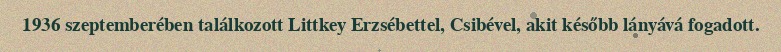
1936 szeptemberében találkozott Littkey Erzsébettel, Csibével, akit később lányává fogadott.